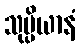
သုပ္ပိယာနံ